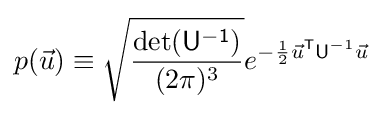
p({\vec {u}})\equiv {\sqrt {\frac {\mathrm {det} ({\mathsf {U^{-1}}})}{(2\pi )^{3}}}}e^{-{\frac {1}{2}}{\vec {u}}^{\mathsf {T}}{\mathsf {U}}^{-1}{\vec {u}}}